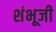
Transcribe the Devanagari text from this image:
शंभूजी